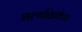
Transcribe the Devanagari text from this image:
शल्यक्रियेचा